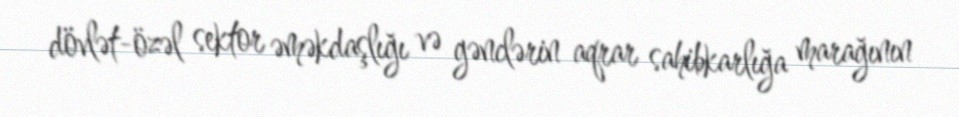
dövlət-özəl sektor əməkdaşlığı və gənclərin aqrar sahibkarlığa marağının